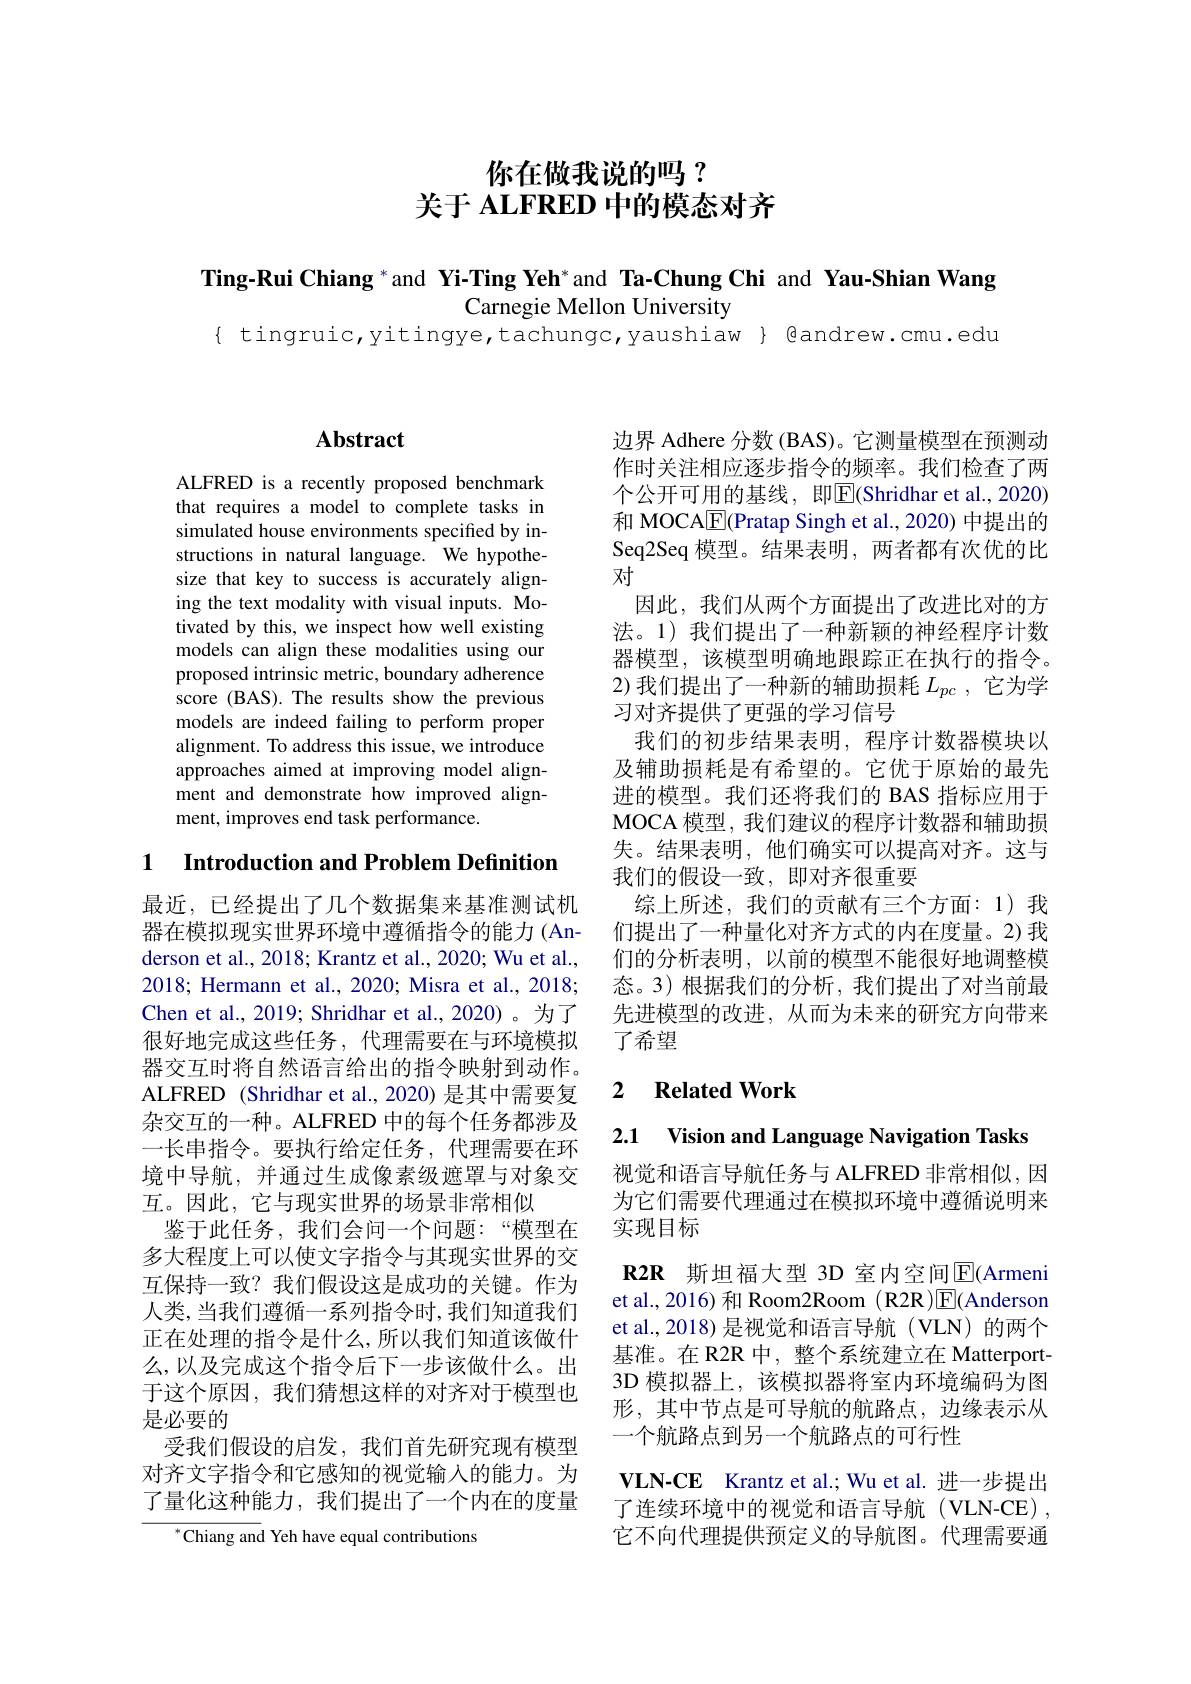
# 你在做我说的吗？ 关于 ALFRED 中的模态对齐

Ting-Rui Chiang $^{*}$and Yi-Ting Yeh*and Ta-Chung Chi and Yau-Shian Wang
Carnegie Mellon University
{ tingruic,yitingye,tachungc,yaushiaw} @andrew.cmu.edu

## $\mathbf{Abstract}$

ALFRED is a recently proposed benchmark that requires a model to complete tasks in simulated house environments specified by instructions in natural language. We hypothesize that key to success is accurately aligning the text modality with visual inputs. Motivated by this, we inspect how well existing models can align these modalities using our proposed intrinsic metric, boundary adherence score (BAS). The results show the previous models are indeed failing to perform proper alignment. To address this issue, we introduce approaches aimed at improving model alignment and demonstrate how improved alignment, improves end task performance.

1 $\textbf{Introduction and Problem Definition}$

最近，已经提出了几个数据集来基准测试机器在模拟现实世界环境中遵循指令的能力(Anderson et al., 2018; Krantz et al., 2020; Wu et al., 2018; Hermann et al., 2020; Misra et al., 2018; Chen et al., 2019; Shridhar et al., 2020)。为了很好地完成这些任务，代理需要在与环境模拟器交互时将自然语言给出的指令映射到动作。ALFRED (Shridhar et al., 2020) 是其中需要复杂交互的一种。ALFRED 中的每个任务都涉及一长串指令。要执行给定任务，代理需要在环境中导航，并通过生成像素级遮罩与对象交互。因此，它与现实世界的场景非常相似
鉴于此任务，我们会问一个问题：“模型在多大程度上可以使文字指令与其现实世界的交互保持一致？我们假设这是成功的关键。作为人类，当我们遵循一系列指令时，我们知道我们正在处理的指令是什么，所以我们知道该做什么，以及完成这个指令后下一步该做什么。出于这个原因，我们猜想这样的对齐对于模型也是必要的
受我们假设的启发，我们首先研究现有模型对齐文字指令和它感知的视觉输入的能力。为了量化这种能力，我们提出了一个内在的度量
${^*\text{Chiang and}}$ Yeh have equal contributions

边界 Adhere 分数 (BAS)。它测量模型在预测动作时关注相应逐步指令的频率。我们检查了两个公开可用的基线，即$\overline{\mathrm{E}}$(Shridhar et al.,2020) 和 MOCA$\boxed{\mathrm{E}}($Pratap Singh et al.,2020) 中提出的Seq2Seq 模型。结果表明，两者都有次优的比对
因此，我们从两个方面提出了改进比对的方法。1)我们提出了一种新颖的神经程序计数器模型，该模型明确地跟踪正在执行的指令。2)我们提出了一种新的辅助损耗$L_{pc}$ ,它为学习对齐提供了更强的学习信号
我们的初步结果表明，程序计数器模块以及辅助损耗是有希望的。它优于原始的最先进的模型。我们还将我们的 BAS 指标应用于MOCA 模型，我们建议的程序计数器和辅助损失。结果表明，他们确实可以提高对齐。这与我们的假设一致，即对齐很重要
综上所述，我们的贡献有三个方面：1)我们提出了一种量化对齐方式的内在度量。2) 我们的分析表明，以前的模型不能很好地调整模态。3)根据我们的分析，我们提出了对当前最先进模型的改进，从而为未来的研究方向带来了希望

### 2 $\textbf{Related Work}$

2.1 Vision and Language Navigation Tasks

视觉和语言导航任务与 ALFRED 非常相似，因为它们需要代理通过在模拟环境中遵循说明来实现目标

R2R 斯坦福大型 3D 室内空间$\overline{\mathrm{E}}$(Armeni et al., 2016) 和 Room2Room ( R2R )$\overline{\mathrm{E}}($Anderson et al.,2018)是视觉和语言导航(VLN)的两个基准。在 R2R 中，整个系统建立在 Matterport- 3D 模拟器上，该模拟器将室内环境编码为图形，其中节点是可导航的航路点，边缘表示从一个航路点到另一个航路点的可行性

$\mathbf{VLN- CE}$ Krantz et al.;Wu et al.进一步提出了连续环境中的视觉和语言导航(VLN-CE), 它不向代理提供预定义的导航图。代理需要通